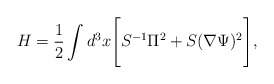
\begin{align*}H=\frac{1}{2} \int d^3 x \Biggl[ S^{-1} \Pi^2 +S (\nabla\Psi)^2\Biggr],\end{align*}